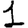
Digit: 1